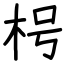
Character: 枵